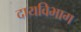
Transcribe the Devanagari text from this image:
दायविभाग